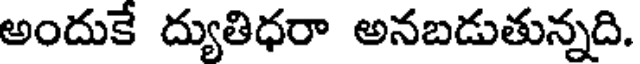
అందుకే ద్యుతిధరా అనబడుతున్నది.